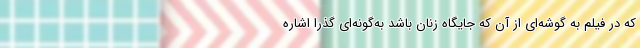
که در فیلم به گوشه‌ای از آن که جایگاهِ زنان باشد به‌گونه‌ای گذرا اشاره